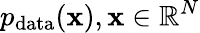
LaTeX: p_{\mathrm{data}}(\mathbf{x}),\mathbf{x}\in\mathbb{R}^{N}